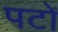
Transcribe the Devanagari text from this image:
पटों